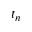
t _ { n }